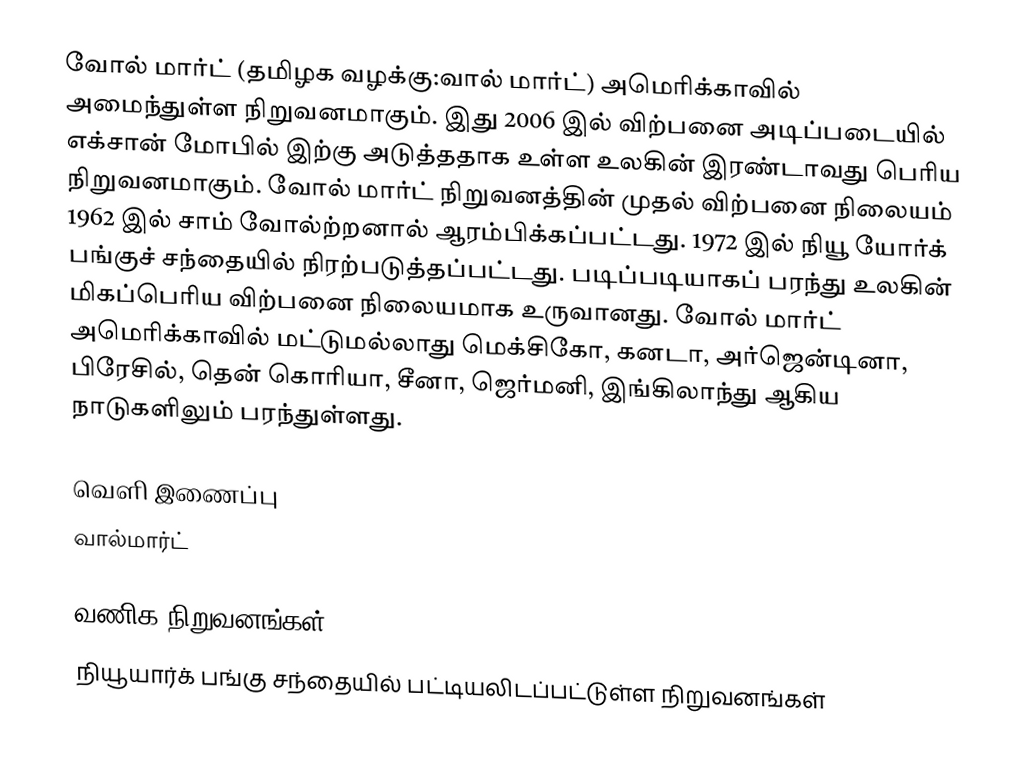
வோல் மார்ட் (தமிழக வழக்கு:வால் மார்ட்) அமெரிக்காவில் அமைந்துள்ள நிறுவனமாகும். இது 2006 இல் விற்பனை அடிப்படையில் எக்சான் மோபில் இற்கு அடுத்ததாக உள்ள உலகின் இரண்டாவது பெரிய நிறுவனமாகும். வோல் மார்ட் நிறுவனத்தின் முதல் விற்பனை நிலையம் 1962 இல் சாம் வோல்ற்றனால் ஆரம்பிக்கப்பட்டது. 1972 இல் நியூ யோர்க் பங்குச் சந்தையில் நிரற்படுத்தப்பட்டது. படிப்படியாகப் பரந்து உலகின் மிகப்பெரிய விற்பனை நிலையமாக உருவானது. வோல் மார்ட் அமெரிக்காவில் மட்டுமல்லாது மெக்சிகோ, கனடா, அர்ஜென்டினா, பிரேசில், தென் கொரியா, சீனா, ஜெர்மனி, இங்கிலாந்து ஆகிய நாடுகளிலும் பரந்துள்ளது.

வெளி இணைப்பு
 வால்மார்ட்

வணிக நிறுவனங்கள்
நியூயார்க் பங்கு சந்தையில் பட்டியலிடப்பட்டுள்ள நிறுவனங்கள்